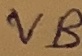
Text: VB